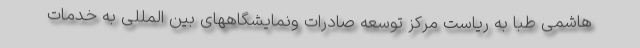
هاشمی طبا به ریاست مرکز توسعه صادرات ونمایشگاههای بین المللی به خدمات